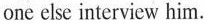
one else interview him.